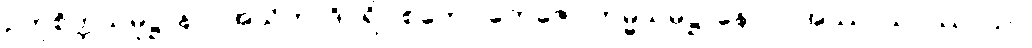
ဥတုစိတ္တသမုဋ္ဌာနာ။ အသိတာဒိပရိပါစကော တေဇော ကမ္မသမုဋ္ဌာနောဝ။ အဿာသပဿာသာ